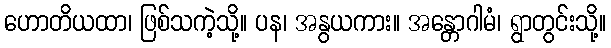
ဟောတိယထာ၊ ဖြစ်သကဲ့သို့။ ပန၊ အနွယကား။ အန္တောဂါမံ၊ ရွာတွင်းသို့။